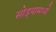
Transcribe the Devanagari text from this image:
सोड्यामध्ये